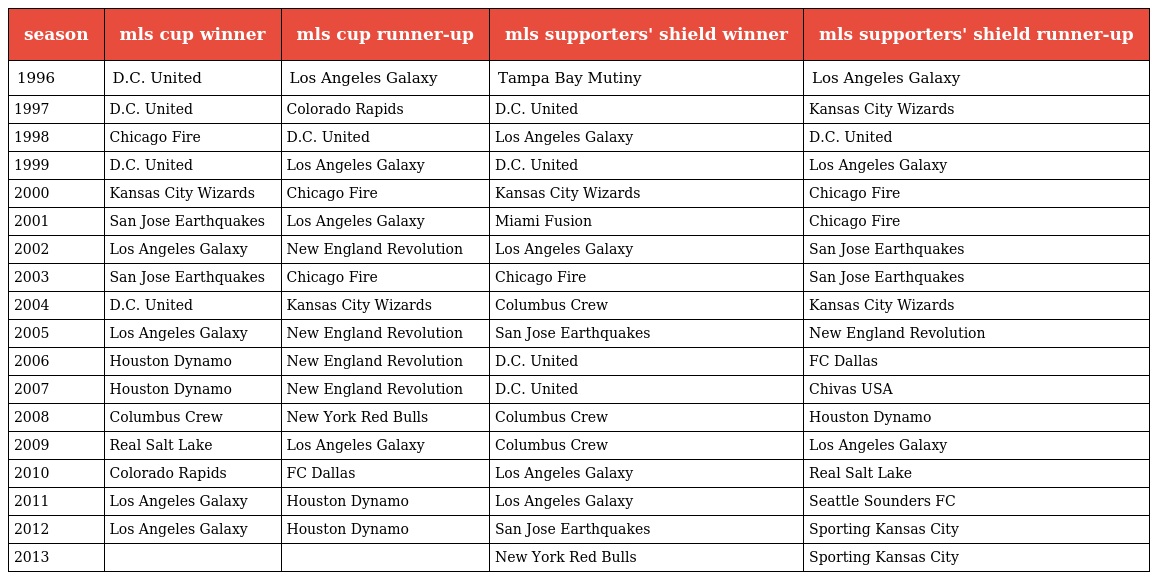
| season | mls cup winner | mls cup runner-up | mls supporters' shield winner | mls supporters' shield runner-up |
 | --- | --- | --- | --- | --- |
 | 1996 | D.C. United | Los Angeles Galaxy | Tampa Bay Mutiny | Los Angeles Galaxy |
 | 1997 | D.C. United | Colorado Rapids | D.C. United | Kansas City Wizards |
 | 1998 | Chicago Fire | D.C. United | Los Angeles Galaxy | D.C. United |
 | 1999 | D.C. United | Los Angeles Galaxy | D.C. United | Los Angeles Galaxy |
 | 2000 | Kansas City Wizards | Chicago Fire | Kansas City Wizards | Chicago Fire |
 | 2001 | San Jose Earthquakes | Los Angeles Galaxy | Miami Fusion | Chicago Fire |
 | 2002 | Los Angeles Galaxy | New England Revolution | Los Angeles Galaxy | San Jose Earthquakes |
 | 2003 | San Jose Earthquakes | Chicago Fire | Chicago Fire | San Jose Earthquakes |
 | 2004 | D.C. United | Kansas City Wizards | Columbus Crew | Kansas City Wizards |
 | 2005 | Los Angeles Galaxy | New England Revolution | San Jose Earthquakes | New England Revolution |
 | 2006 | Houston Dynamo | New England Revolution | D.C. United | FC Dallas |
 | 2007 | Houston Dynamo | New England Revolution | D.C. United | Chivas USA |
 | 2008 | Columbus Crew | New York Red Bulls | Columbus Crew | Houston Dynamo |
 | 2009 | Real Salt Lake | Los Angeles Galaxy | Columbus Crew | Los Angeles Galaxy |
 | 2010 | Colorado Rapids | FC Dallas | Los Angeles Galaxy | Real Salt Lake |
 | 2011 | Los Angeles Galaxy | Houston Dynamo | Los Angeles Galaxy | Seattle Sounders FC |
 | 2012 | Los Angeles Galaxy | Houston Dynamo | San Jose Earthquakes | Sporting Kansas City |
 | 2013 |  |  | New York Red Bulls | Sporting Kansas City |